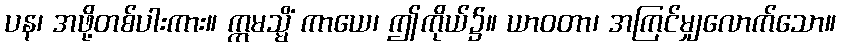
ပန၊ အဖို့တစ်ပါးကား။ ဣမသ္မိံ ကာယေ၊ ဤကိုယ်၌။ ယာဝတာ၊ အကြင်မျှလောက်သော။